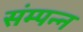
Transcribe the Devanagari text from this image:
संम्पन्न